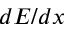
d E / d x